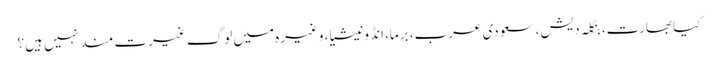
کیا بھارت، بنگلہ دیش، سعودی عرب، برما، انڈونیشیا، وغیرہ میں لوگ غیرت مند نہیں ہیں؟